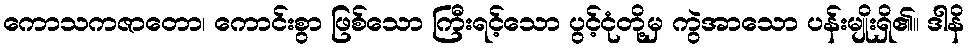
ကောသကဇာတော၊ ကောင်းစွာ ဖြစ်သော ကြီးရင့်သော ပွင့်ငုံတို့မှ ကွဲအာသော ပန်းမျိုးရှိ၏။ ဒါနိ